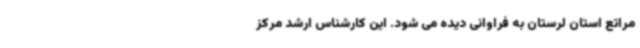
مراتع استان لرستان به فراوانی دیده می شود. این کارشناس ارشد مرکز